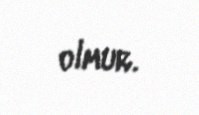
olmur.